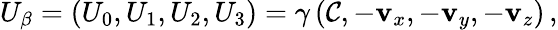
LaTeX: U_{\beta}=\left(U_{0},U_{1},U_{2},U_{3}\right)=\gamma\left(\mathcal{C},-\mathbf{v}_{x},-\mathbf{v}_{y},-\mathbf{v}_{z}\right)\, ,